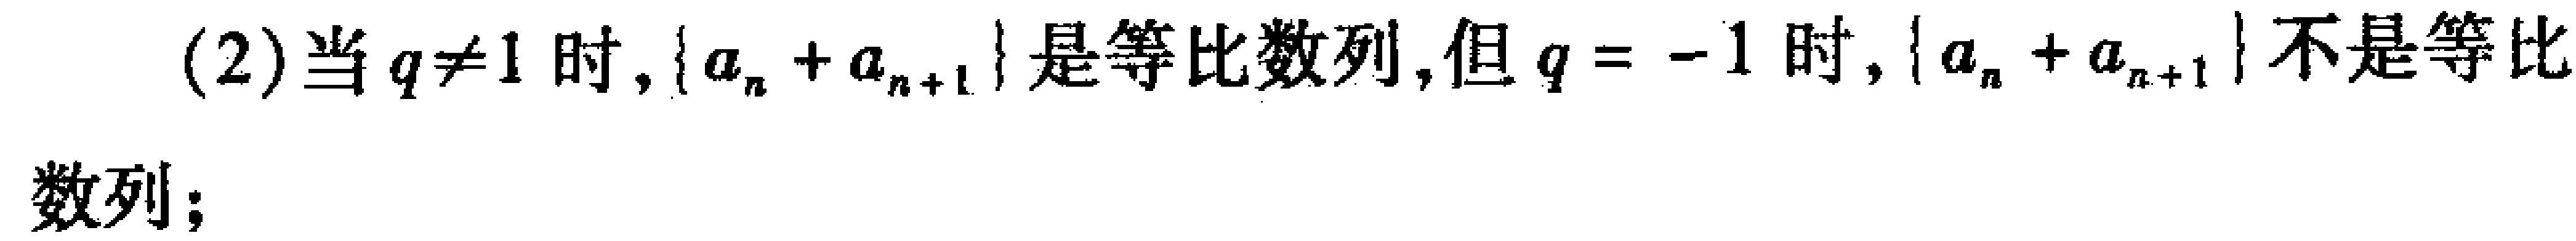
(2)当$q\neq1$时，$\{a_{n}+a_{n + 1}\}$是等比数列,但$q = - 1$时，$\{a_{n}+a_{n + 1}\}$不是等比数列；